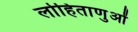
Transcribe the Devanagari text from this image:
लोहिताणुओं